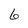
Character: 6